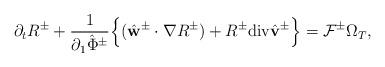
LaTeX: \begin{align*}\partial_tR^{\pm}+\frac{1}{\partial_1\hat{\Phi}^{\pm}}\Big\{(\hat{\mathbf{w}}^{\pm}\cdot\nabla R^{\pm})+R^{\pm}\mathrm{div}\hat{\mathbf{v}}^{\pm}\Big\}=\mathcal{F}^{\pm} \Omega_T,\end{align*}